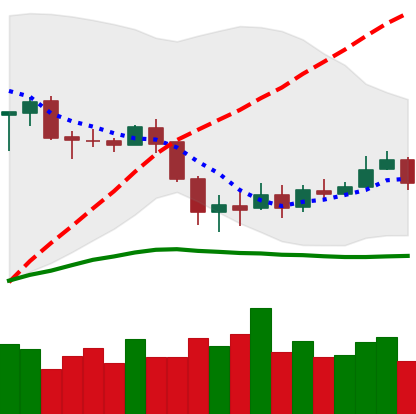
Ticker: BNB-USD
Chart end date: 2020-03-07
Forward return: -52.426%
Label: down_7plus